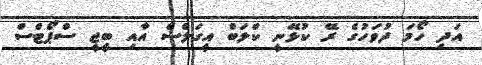
އަދި ހޯމަ ދުވަހުގެ ރޭ ކުޅޭނީ ކްލަބް އީގަލްސް އާއި ބީޖީ ސްޕޯޓްސް